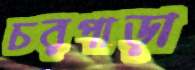
চরপাড়া